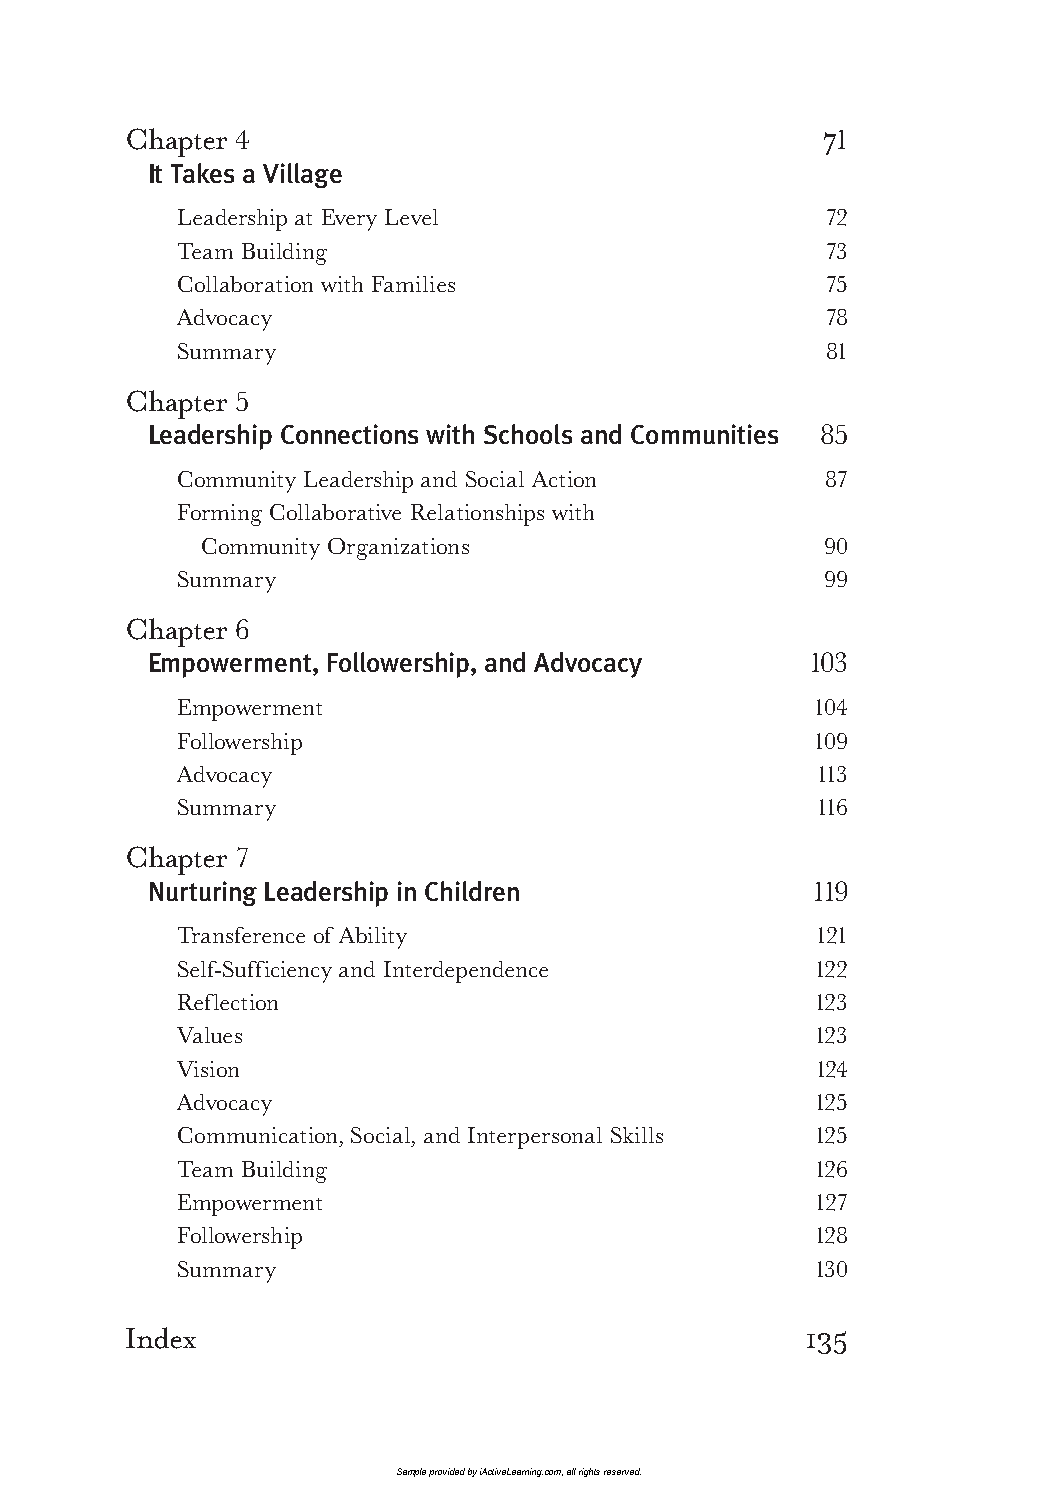
C hapter 4 7                                   1
 It Takes a Village
 Leadership at Every Level                  72
 Team Building                              73
 Collaboration with Families                75
 Advocacy                                   78
 Summary                                    81
 C hapter 5
 Leadership Connections with Schools and Communities 85
 Community Leadership and Social Action     87
 Fo rming Collaborative Relationships with
 Community Organizations                  90
 Summary                                    99
 C hapter 6
 Empowerment, Followership, and Advocacy     103
 Empowerment                                104
 Followership                               109
 Advocacy                                   113
 Summary                                    116
 C hapter 7
 Nurturing Leadership in Children            119
 Transference of Ability                    121
 Self-Sufficiency and Interdependence       122
 Reflection                                 123
 Values                                     123
 Vision                                     124
 Advocacy                                   125
 Communication, Social, and Interpersonal Skills 125
 Team Building                              126
 Empowerment                                127
 Followership                               128
 Summary                                    130
 Index                                        135
 Sample provided by iActiveLearning.com, all rights reserved.
 LTL2_FINALpp.indd 8                                         11/4/09 3:21:07 PM